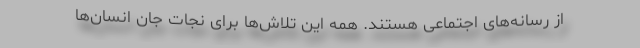
از رسانه‌های اجتماعی هستند. همه این تلاش‌ها برای نجات جان انسان‌ها